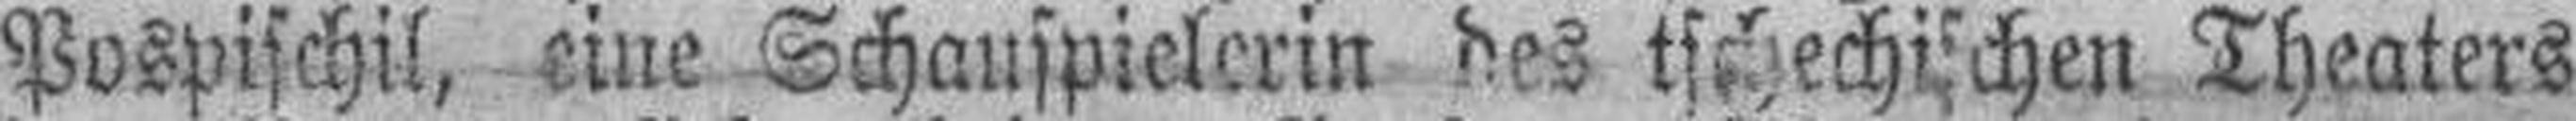
Pospischil, eine Schauspielerin des tschechischen Theaters